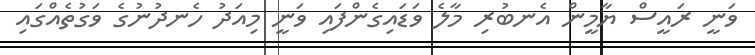
ވަނީ ރައީސް ޔާމީން އެނބުރި މާލެ ވަޑައިގެންފައި ވަނީ މިއަދު ހެނދުނުގެ ވަގުތެއްގައި